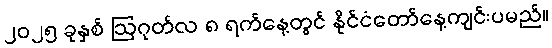
၂၀၂၅ ခုနှစ် ဩဂုတ်လ ၈ ရက်နေ့တွင် နိုင်ငံတော်နေ့ကျင်းပမည်။